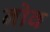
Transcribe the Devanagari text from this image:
नोव